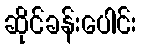
ဆိုင်ခန်းပေါင်း